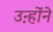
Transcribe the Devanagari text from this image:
उऩ्होंने